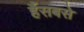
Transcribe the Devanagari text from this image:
हैंसबसे